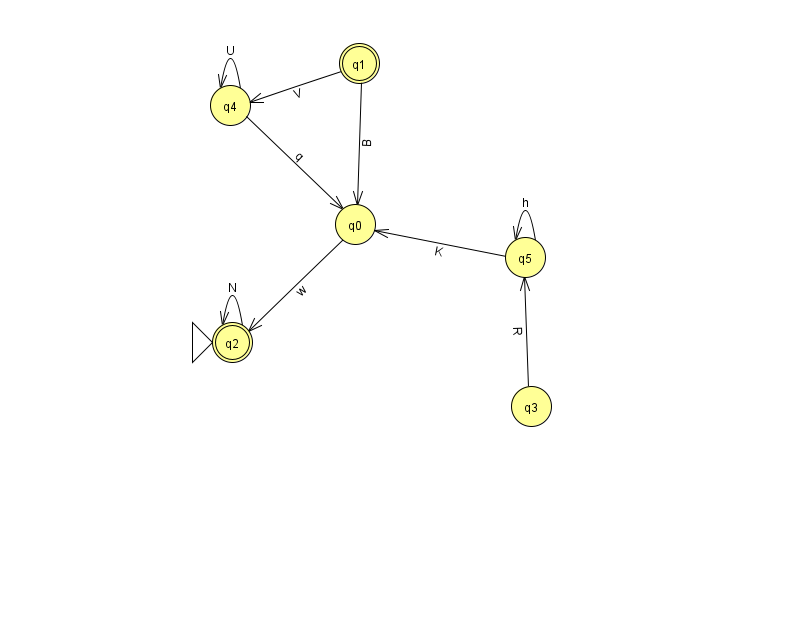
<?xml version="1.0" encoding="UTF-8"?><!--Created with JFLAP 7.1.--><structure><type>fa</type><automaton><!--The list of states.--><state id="0" name="q0"><x>355.0</x><y>211.0</y></state><state id="1" name="q1"><x>359.0</x><y>50.0</y><final/></state><state id="2" name="q2"><x>232.0</x><y>329.0</y><initial/><final/></state><state id="3" name="q3"><x>531.0</x><y>393.0</y></state><state id="4" name="q4"><x>230.0</x><y>92.0</y></state><state id="5" name="q5"><x>525.0</x><y>244.0</y></state><!--The list of transitions.--><transition><from>1</from><to>0</to><read>B</read></transition><transition><from>3</from><to>5</to><read>R</read></transition><transition><from>0</from><to>2</to><read>w</read></transition><transition><from>4</from><to>4</to><read>U</read></transition><transition><from>4</from><to>0</to><read>q</read></transition><transition><from>5</from><to>5</to><read>h</read></transition><transition><from>5</from><to>0</to><read>K</read></transition><transition><from>1</from><to>4</to><read>V</read></transition><transition><from>2</from><to>2</to><read>N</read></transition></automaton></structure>